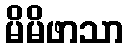
မိမိဖာသာ